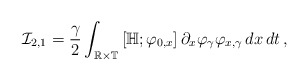
\begin{align*}\mathcal I_{2,1}=\frac{\gamma}2\int_{\mathbb R\times\mathbb T}\left[\mathbb H;\varphi_{0,x}\right]\partial_x\varphi_{\gamma}\varphi_{x,\gamma}\,dx\,dt\,,\end{align*}